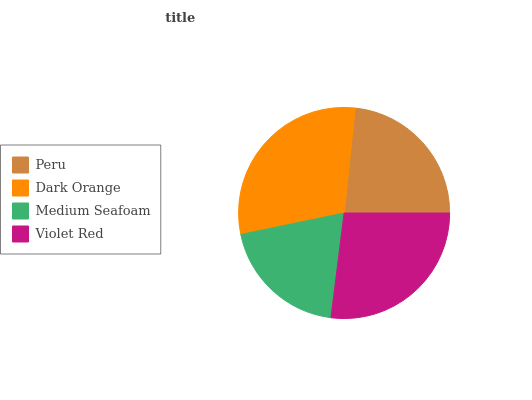
| Peru | Dark Orange | Medium Seafoam | Violet Red |
 | --- | --- | --- | --- |
 | 23.4% | 29.9% | 19.7% | 27% |